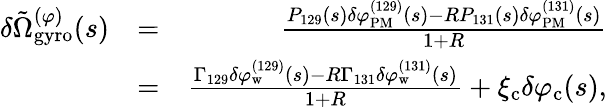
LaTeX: \begin{array}{rlr}{\delta\tilde{\Omega}_{\mathrm{gyro}}^{(\varphi)}(s)}&{=}&{\frac{P_{129}(s)\delta\varphi_{\mathrm{PM}}^{(129)}(s)-RP_{131}(s)\delta\varphi_{\mathrm{PM}}^{(131)}(s)}{1+R}}\\ &{=}&{\frac{\Gamma_{129}\delta\varphi_{\mathrm{w}}^{(129)}(s)-R\Gamma_{131}\delta\varphi_{\mathrm{w}}^{(131)}(s)}{1+R}+\xi_{\mathrm{c}}\delta\varphi_{\mathrm{c}}(s),}\end{array}